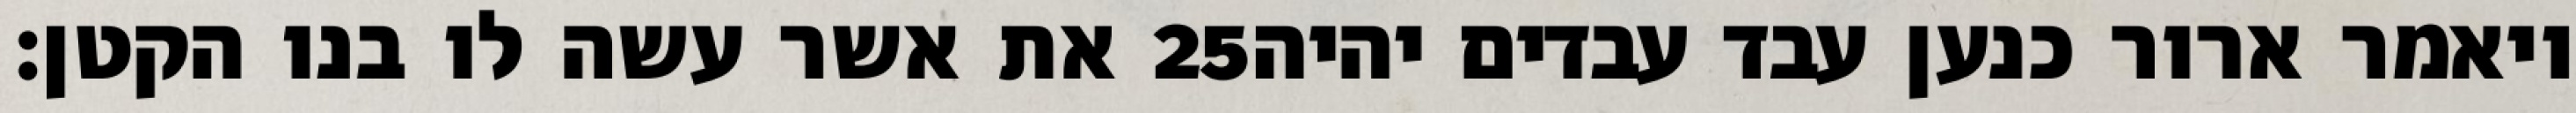
את אשר עשה לו בנו הקטן׃ ‎25‏ ויאמר ארור כנען עבד עבדים יהיה